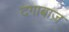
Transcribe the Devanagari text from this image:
दग़ाबाज़